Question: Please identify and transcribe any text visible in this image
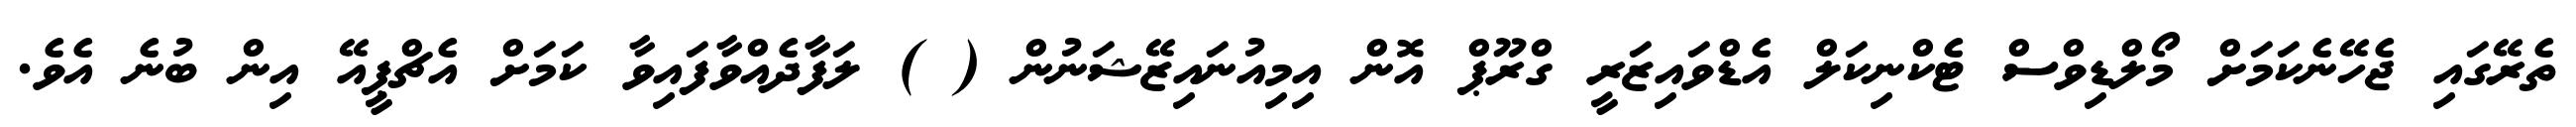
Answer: ތެރޭގައި ޖެހޭނެކަމަށް މޯލްޑިވްސް ޓެކްނިކަލް އެޑްވައިޒަރީ ގްރޫޕް އޮން އިމިއުނައިޒޭޝަނުން ( ) ލަފާދެއްވާފައިވާ ކަމަށް އެޗްޕީއޭ އިން ބުނެ އެވެ.